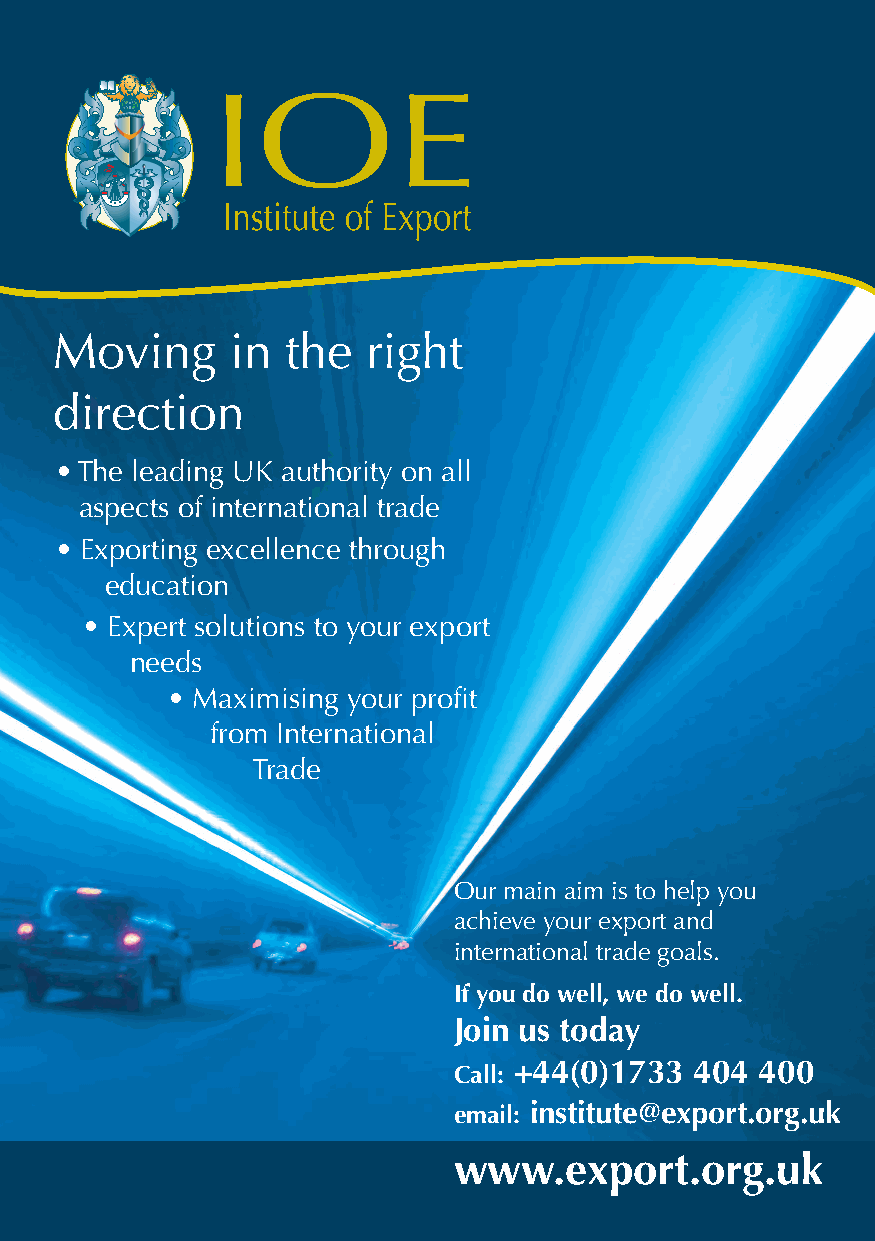
I
 Moving      in  the  right
 direction
 • The leading UK authority on all
 aspects of international trade
 • Exporting excellence through
 education
 • Expert solutions to your export
 needs
 • Maximising your profit
 from International
 Trade
 Our main aim is to help you
 achieve your export and
 international trade goals.
 If you do well, we do well.
 Join us today
 Call: +44(0)1733 404 400
 email: institute@export.org.uk
 www.export.org.uk